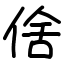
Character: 倽